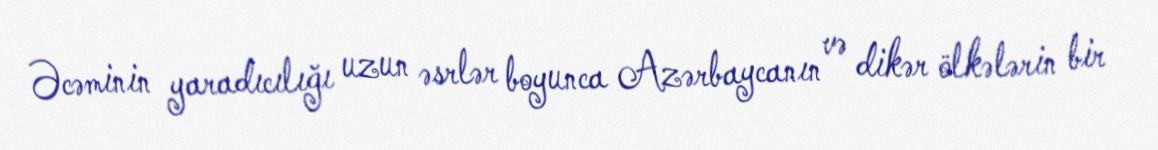
Əcəminin yaradıcılığı uzun əsrlər boyunca Azərbaycanın və dikər ölkələrin bir